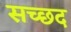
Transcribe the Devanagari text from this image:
सच्छद